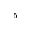
_ 5